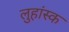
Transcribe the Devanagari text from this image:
लुहांस्क